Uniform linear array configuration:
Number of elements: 8
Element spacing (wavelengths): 1
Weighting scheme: blackman
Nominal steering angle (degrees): -30
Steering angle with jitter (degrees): -30.569
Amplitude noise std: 0.05
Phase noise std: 0.05

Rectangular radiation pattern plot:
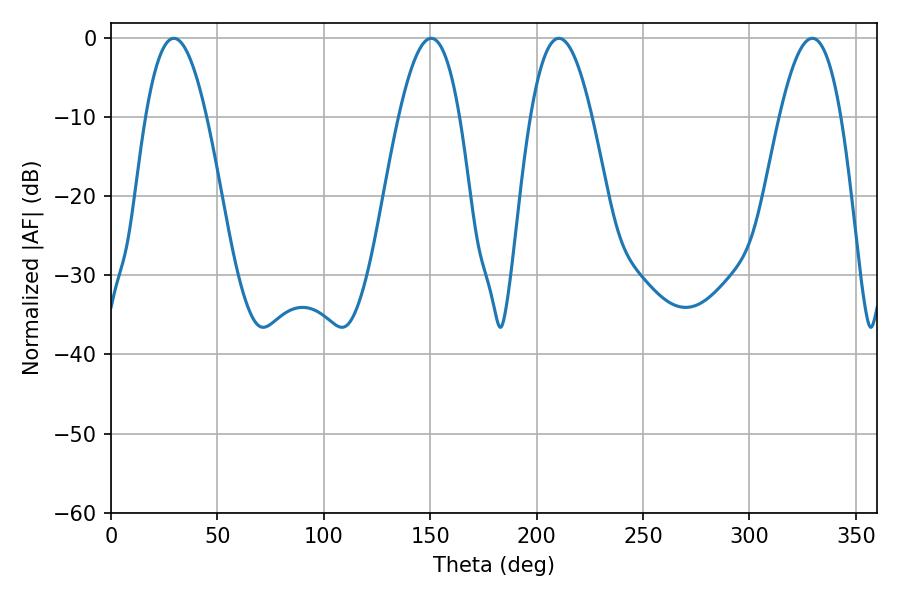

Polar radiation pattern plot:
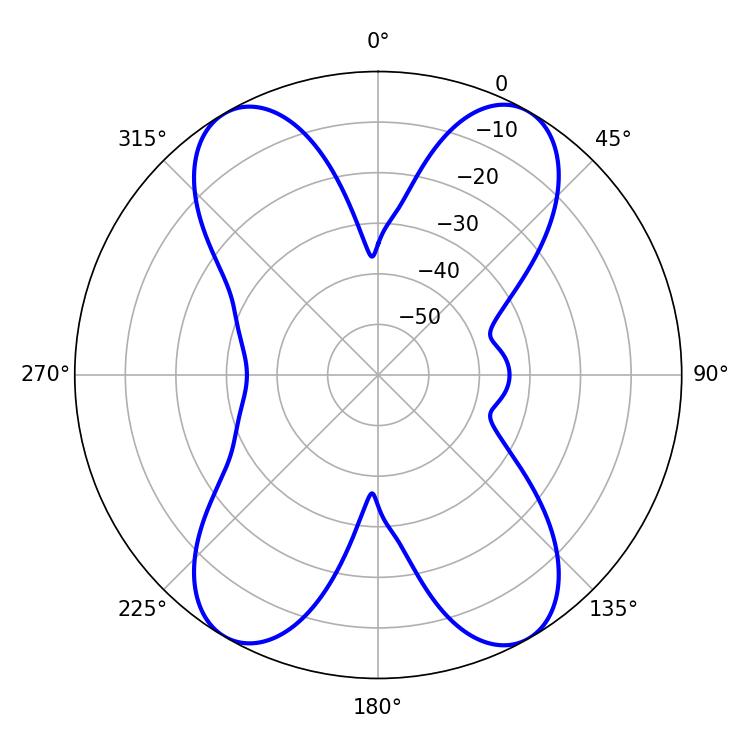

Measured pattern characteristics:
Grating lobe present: TRUE
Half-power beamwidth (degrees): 15.66
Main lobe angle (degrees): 29.52